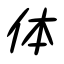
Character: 体